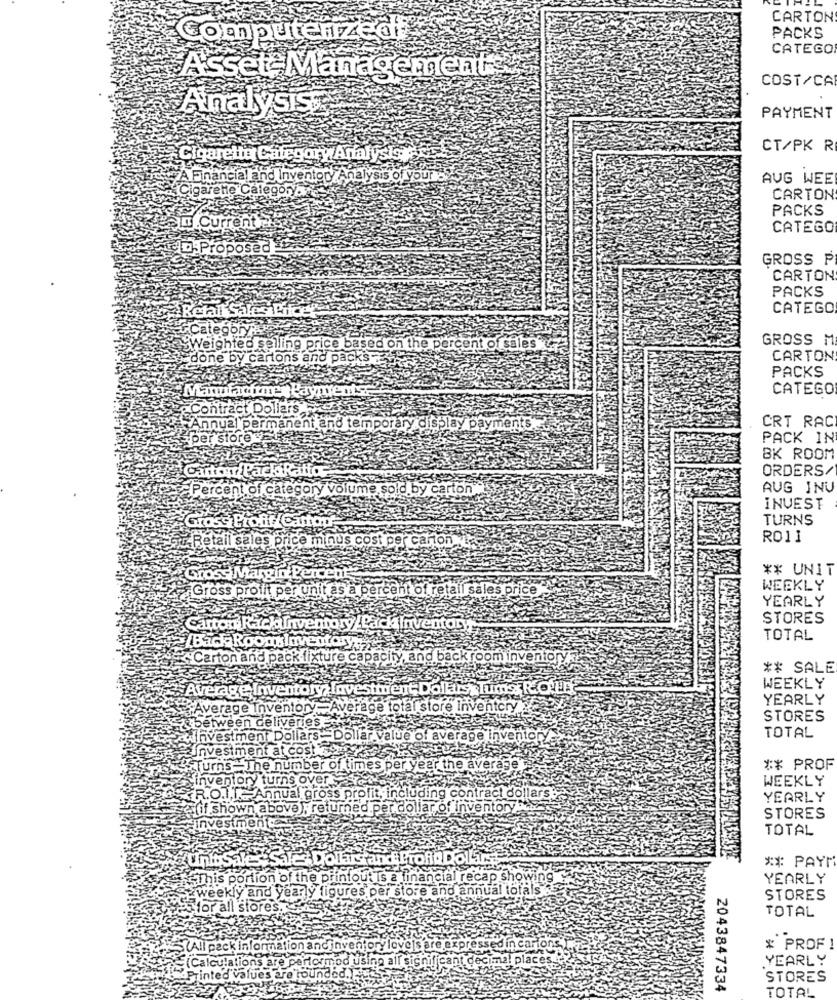
CARTON
Computerized
PACKS
CATEGO
Asset Management
COST/CA
Analysis
PAYMENT
CT/PK R
Cigarette Category Analysis
Financial and Inventory Analysis of your
AUG WEE
Cigarete Category
CARTON
PACKS
LLT Current
CATEGO
ip-Proposed
GROSS P
CARTON
PACKS
Retail Sales Pifde
CATEGO
GROSS M
SWeighted selling price based on the percent of sales
done by cartons and packs
CARTON
PACKS
CATEGO
Contract Dollar
CRT RAC
Annual permanent and temporary display payments
er store
PACK IN
BK ROOM
ORDERS/
{PackiRal
t of category volume sold by carton".
AUG INU
INVEST
TURNS
Retail sales price mi
nus co
RO11
** UNIT
il sales price
WEEKLY
Gross profit per un
YEARLY
STORES
Back Roomslaven
TOTAL
Carton and pack fixture
o back room inventorya
** SALE
rage
WEEKLY
YEARLY
agel
entor
ge total store Inventory
STORES
lue of average inventor
TOTAL
he number of times per year the average
** PROF
WEEKLY
.O.1 ,. Annual gross profit, including contract dollars
YEARLY
if shown above), returned per dollar of inventory
STORES
Investmentes
TOTAL
** PAYI
This portion of the printout is a
ancial recap showing y
YEARLY
weekly and yearly figures per store and annual totals
STORES
for all stores.
TOTAL
ciinventory love is
xpressed in carlo
* PROF !
(Calculations are
na! plac
YEARLY
using all sign
Tinted values are rou
STORES
2043847334
TOTAL